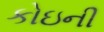
કોઇની